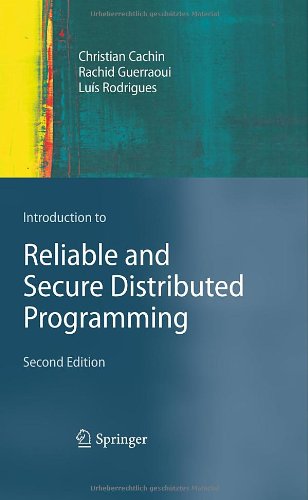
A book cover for Introduction to Reliable and Secure Distributed Programming; Christian Cachin; Computers & Technology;